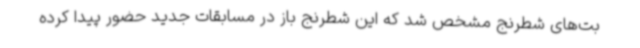
بت‌های شطرنج مشخص شد که این شطرنج باز در مسابقات جدید حضور پیدا کرده